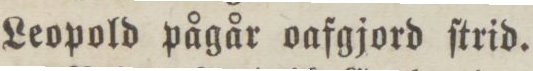
Leopold pågår oafgjord ſtrid.